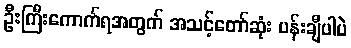
ဦးကြီးကောက်ရအတွက် အသင့်တော်ဆုံး ပန်းချီပါပဲ